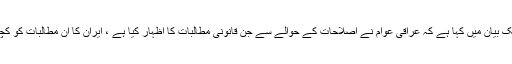
امریکی وزیر خزانہ اسٹیفن منوچن نے ایک بیان میں کہا ہے کہ عراقی عوام نے اصلاحات کے حوالے سے جن قانونی مطالبات کا اظہار کیا ہے ، ایران کا ان مطالبات کو کچلنے کی کوشش کرنا خوف ناک امر ہے۔